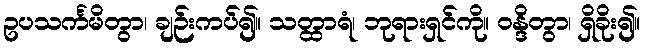
ဥပသင်္ကမိတွာ၊ ချဉ်းကပ်၍။ သတ္ထာရံ၊ ဘုရားရှင်ကို။ ဝန္ဒိတွာ၊ ရှိခိုး၍။